Ranna_vallavalitsus, lk 14
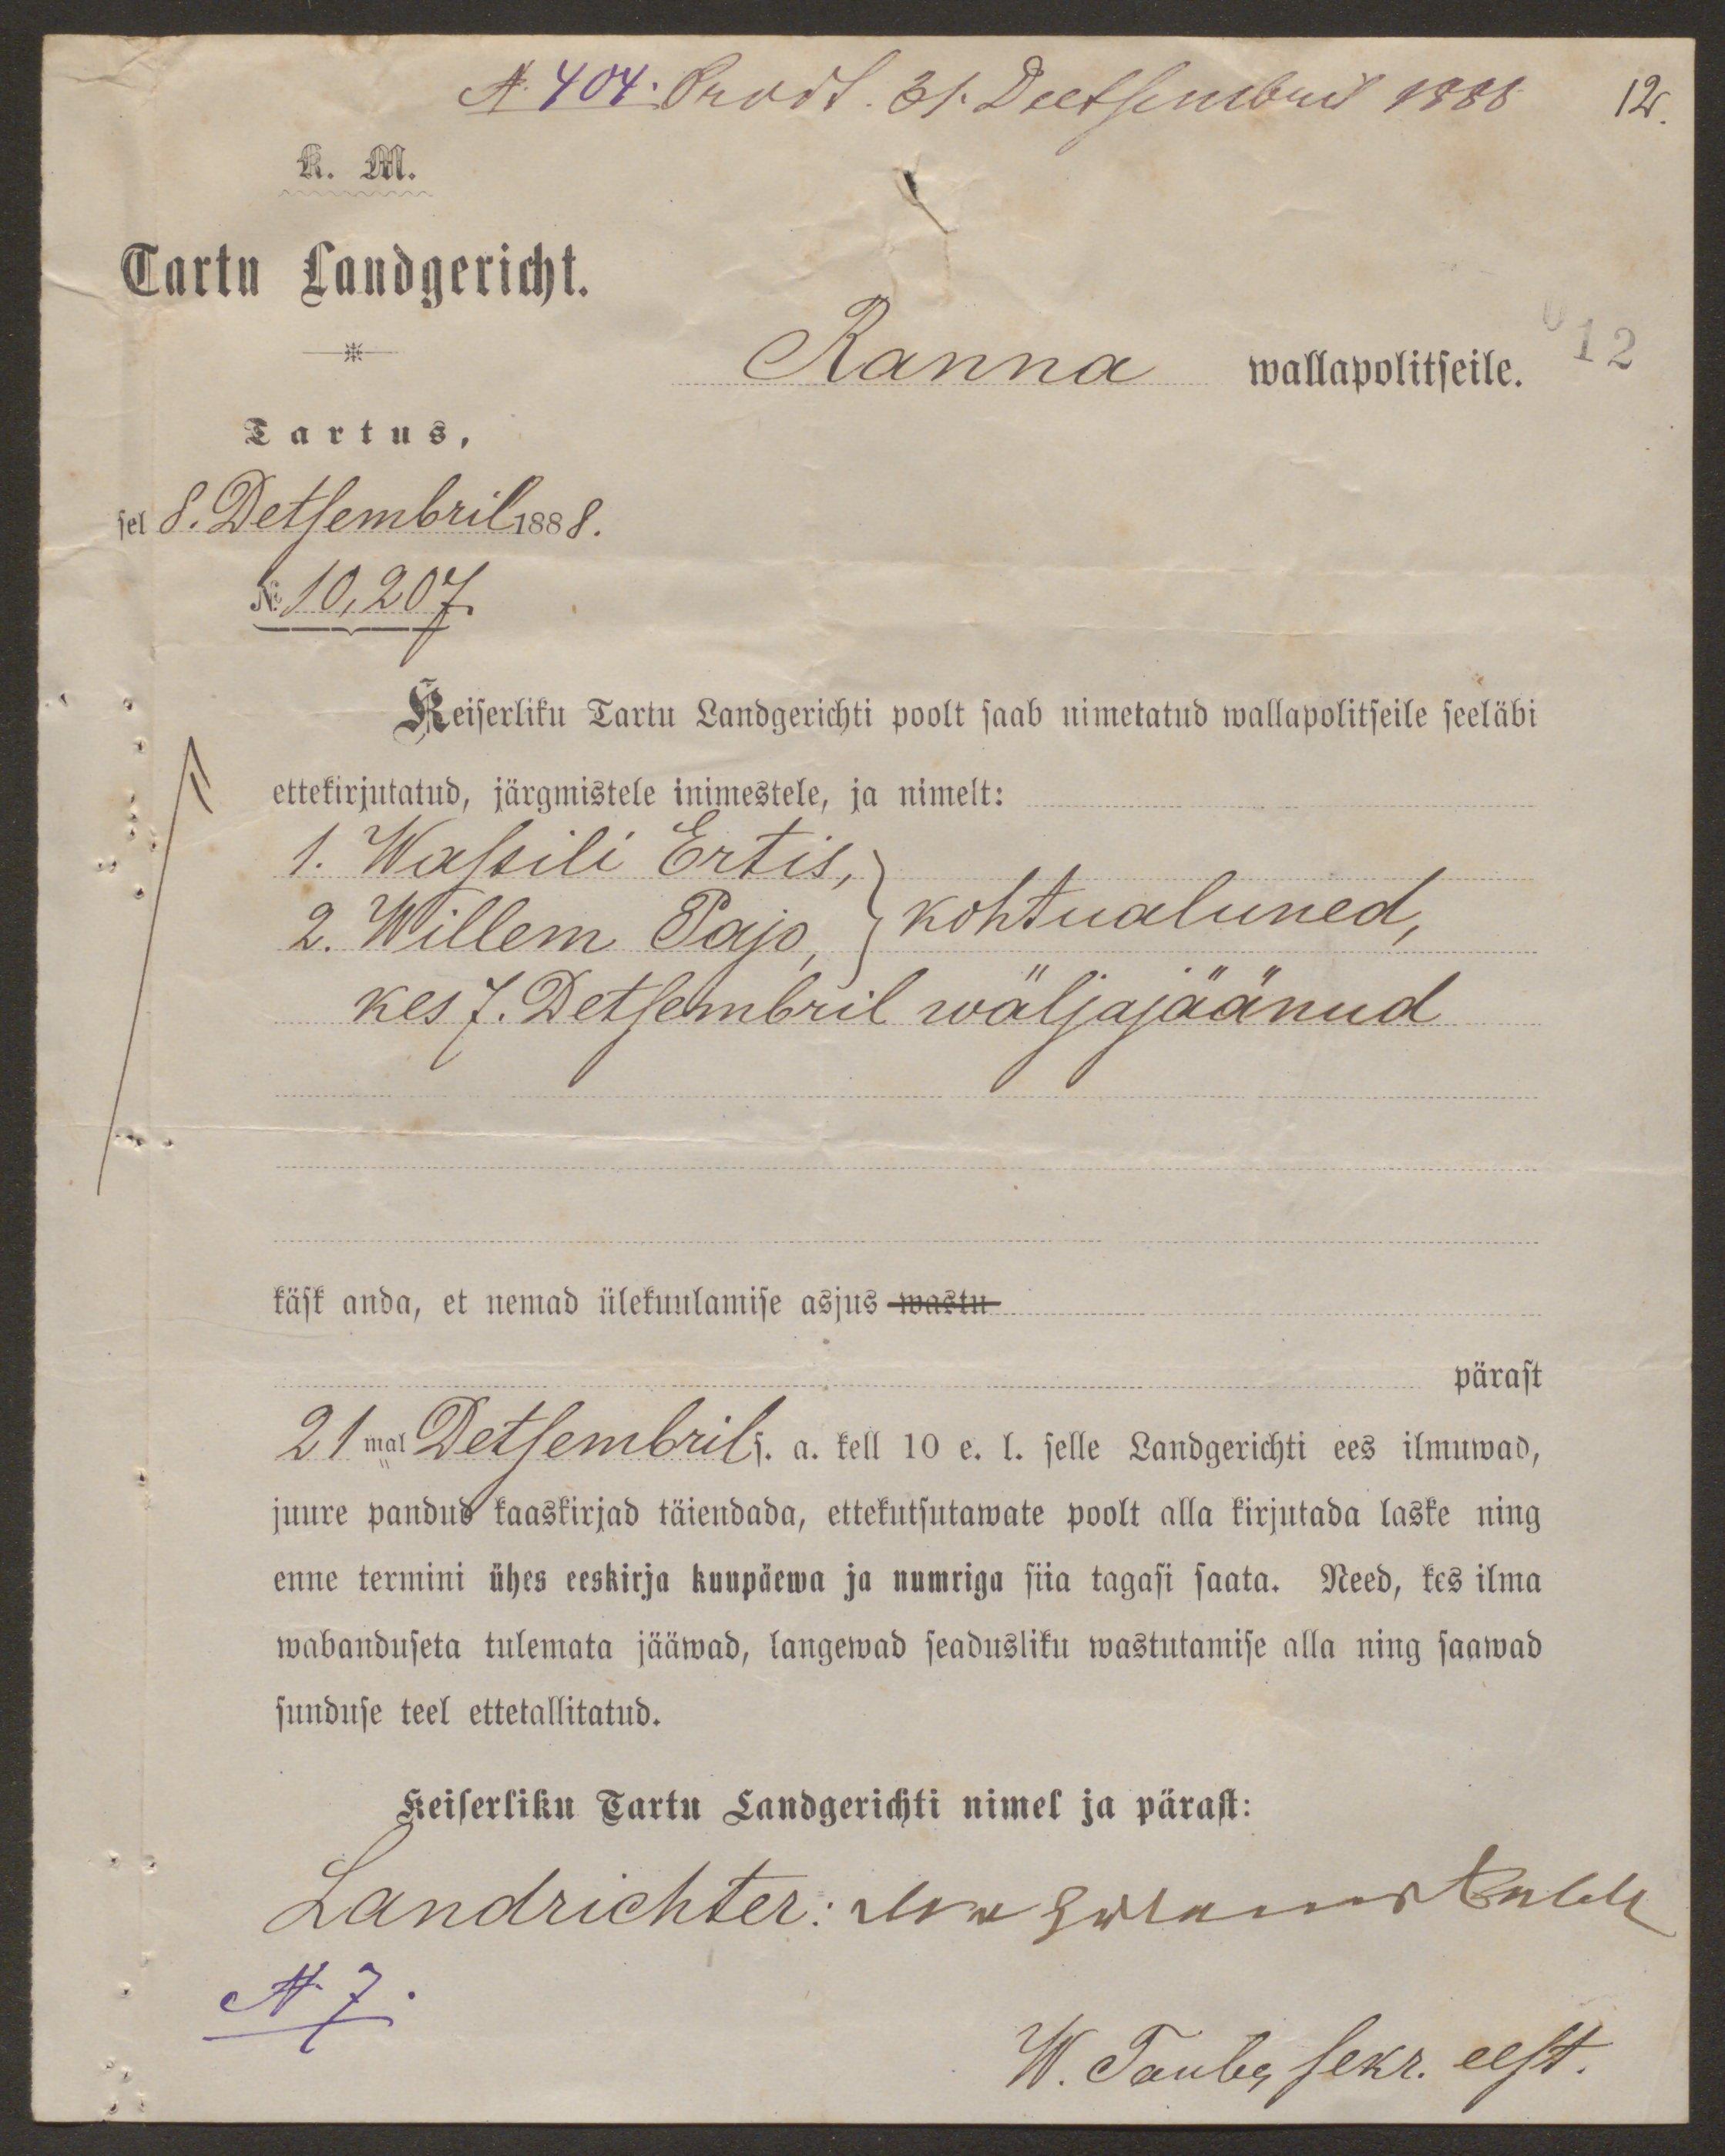
K. M.
Tartu Landgericht.
Ranna wallapolitseile.
12
Tartus,
sel 8. Detsembril 1888.
No. 10,207.
Keiserliku Tartu Landgerichti poolt saab nimetatud wallapolitseile seeläbi
ettekirjutatud, järgmistele inimestele, ja nimelt:
1. Wassili Ertis,
2. Willem Pajo kohtualuned,
kes 7. Detsembril wäljajäänud
käsk anda, et nemad ülekuulamise asjus wastu
pärast
21mal Detsembril s. a. kell 10 e. l. selle Landgerichti ees ilmuwad,
juure pandud kaaskirjad täiendada, ettekutsutawate poolt alla kirjutada laske ning
enne termini ühes eeskirja kuupäewa ja numriga siia tagasi saata. Need, kes ilma
wabanduseta tulemata jääwad, langewad seadusliku wastutamise alla ning saawad
sunduse teel ettetallitatud.
Keiserliku Tartu Landgerichti nimel ja pärast:
Landrichter: Margukonnikule
N 7.
W. Tauber sekr. eest.